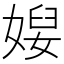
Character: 𡞉